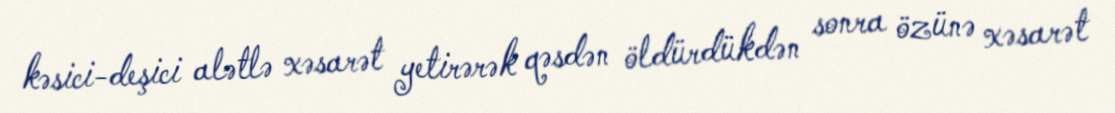
kəsici-deşici alətlə xəsarət yetirərək qəsdən öldürdükdən sonra özünə xəsarət